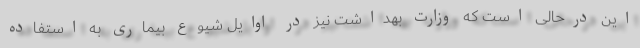
این درحالی است که وزارت بهداشت نیز در اوایل شیوع بیماری به استفاده